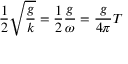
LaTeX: { \frac { 1 } { 2 } } { \sqrt { \frac { g } { k } } } = { \frac { 1 } { 2 } } { \frac { g } { \omega } } = { \frac { g } { 4 \pi } } T